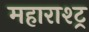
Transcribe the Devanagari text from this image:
महाराश्ट्र